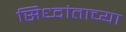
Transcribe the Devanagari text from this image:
सिध्दांताच्या